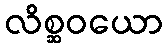
လိစ္ဆဝယော